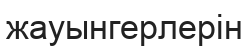
жауынгерлерін